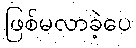
ဖြစ်မလာခဲ့ပေ